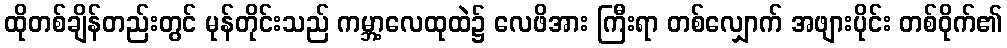
ထိုတစ်ချိန်တည်းတွင် မုန်တိုင်းသည် ကမ္ဘာ့လေထုထဲ၌ လေဖိအား ကြီးရာ တစ်လျှောက် အဖျားပိုင်း တစ်ဝိုက်၏